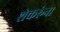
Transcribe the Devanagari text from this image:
शेकरूंना